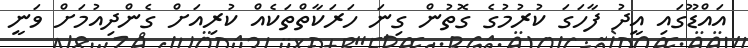
އައްޑޫގައި އީދު ފާހަގަ ކުރުމުގެ ގޮތުން ގިނަ ހަރަކާތްތަކެއް ކުރިއަށް ގެންދިއުމަށް ވަނީ